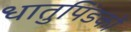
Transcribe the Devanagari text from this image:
धातुपिंडकों